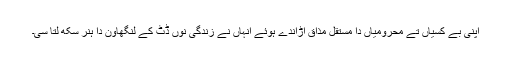
اپنی بے کسیاں تے محرومیاں دا مستقل مذاق اڑاندے ہوئے انہاں نے زندگی نوں ڈٹ کے لنگھاون دا ہنر سکھ لتا سی۔